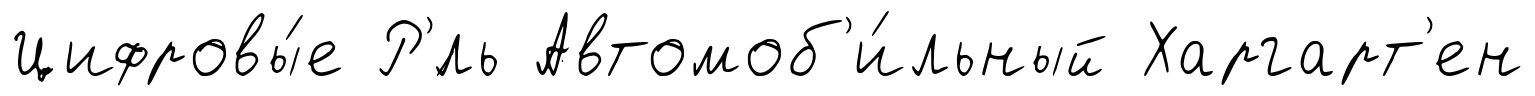
Цифровы́е Р'́ль Автомоб'и́льный Харгарт'ен